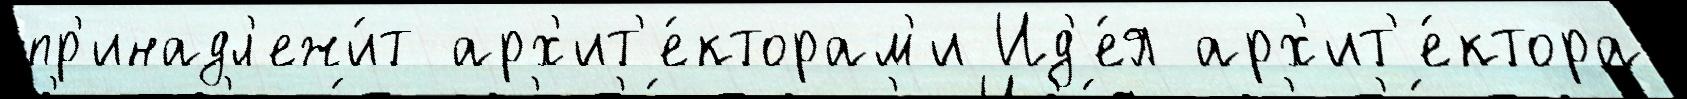
пр'инадл'ежи́т арх'ит'е́кторам'и Ид'е́я арх'ит'е́ктора